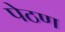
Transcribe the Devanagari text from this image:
पेठण